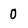
Character: 0